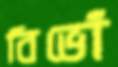
বিভোঁ